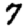
Digit: 7